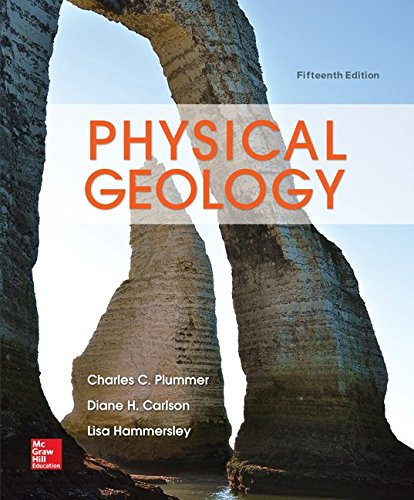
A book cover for Physical Geology; Charles (Carlos) Plummer; Science & Math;